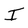
Character: I